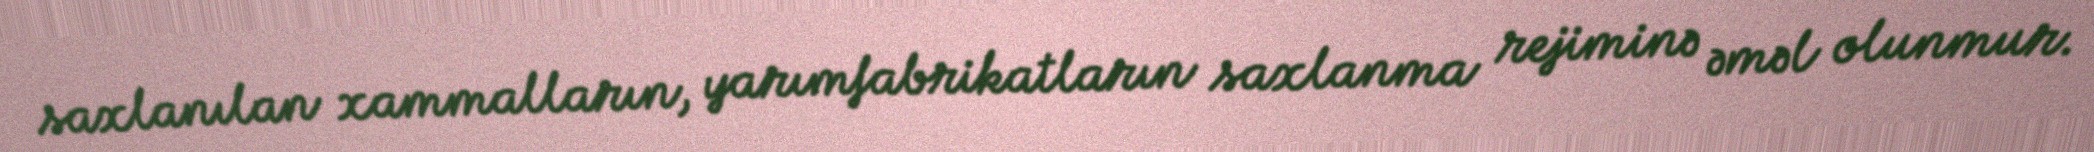
saxlanılan xammalların, yarımfabrikatların saxlanma rejiminə əməl olunmur.